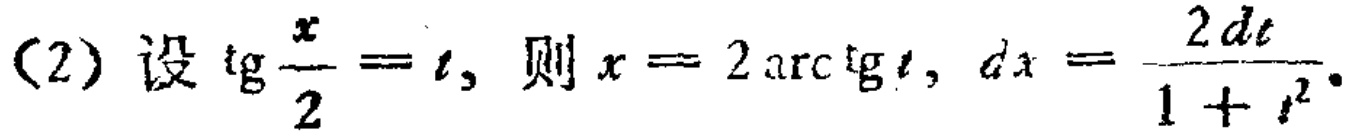
(2) 设$\text{tg}\frac{x}{2}=t$, 则$x = 2\operatorname{arctg}t$, $dx=\frac{2dt}{1 + t^{2}}$.